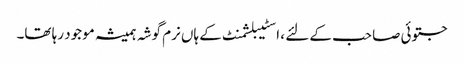
جتوئی صاحب کے لئے ، اسٹیبلشمنٹ کے ہاں نرم گوشہ ہمیشہ موجود رہا تھا۔